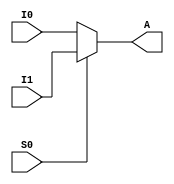
/*
 * Taylor Skilling
 * Will Johnson
 * 12/14/2016
 * EECE 3324
 *
 * Mux2to1_5b.v -- 5b 2 to 1 mux
 */
 
module mux2to1_5b(I0,I1,S0,A);
	input[4:0] I0,I1;
	input S0;
	output reg [4:0] A;
	
	initial A = 5'b0;
	
	always@(I0 or I1 or S0) begin
		if(S0 == 0)
			A = I0;
		else
			A = I1;
	end
endmodule